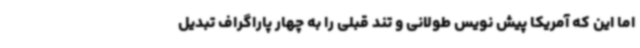
اما این که آمریکا پیش نویس طولانی و تند قبلی را به چهار پاراگراف تبدیل